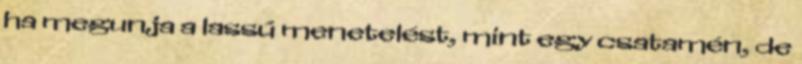
ha megunja a lassú menetelést, mint egy csatamén, de